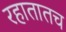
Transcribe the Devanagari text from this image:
रहातातच